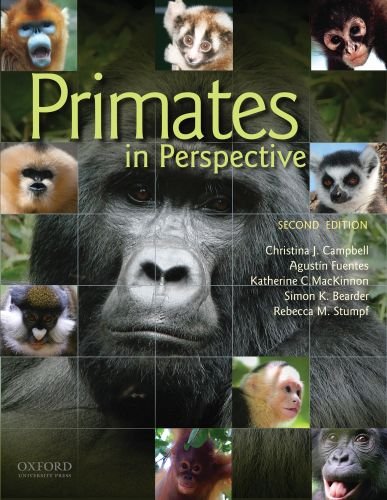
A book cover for Primates in Perspective; Christina Campbell; Politics & Social Sciences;